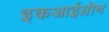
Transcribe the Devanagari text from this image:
इकआईय़ॊम